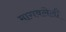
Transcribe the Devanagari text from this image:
मागवलेली